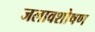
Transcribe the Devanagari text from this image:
जलावशोषण